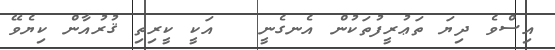
އިސްވެ ދިޔަ ތަޢުރީފުތަކުން އެނގެނީ   އަކީ ކީރިތި ޤުރުއާން ކިޔެވޭ